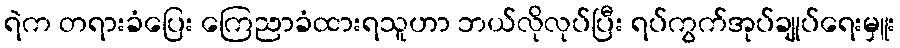
ရဲက တရားခံပြေး ကြေညာခံထားရသူဟာ ဘယ်လိုလုပ်ပြီး ရပ်ကွက်အုပ်ချုပ်ရေးမှူး